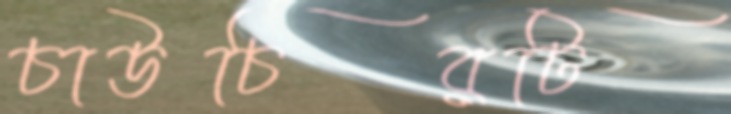
চাউচিরটি